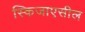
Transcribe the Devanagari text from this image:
स्किजाएसील